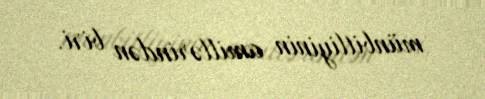
münbitliyinin amillərindən biri.